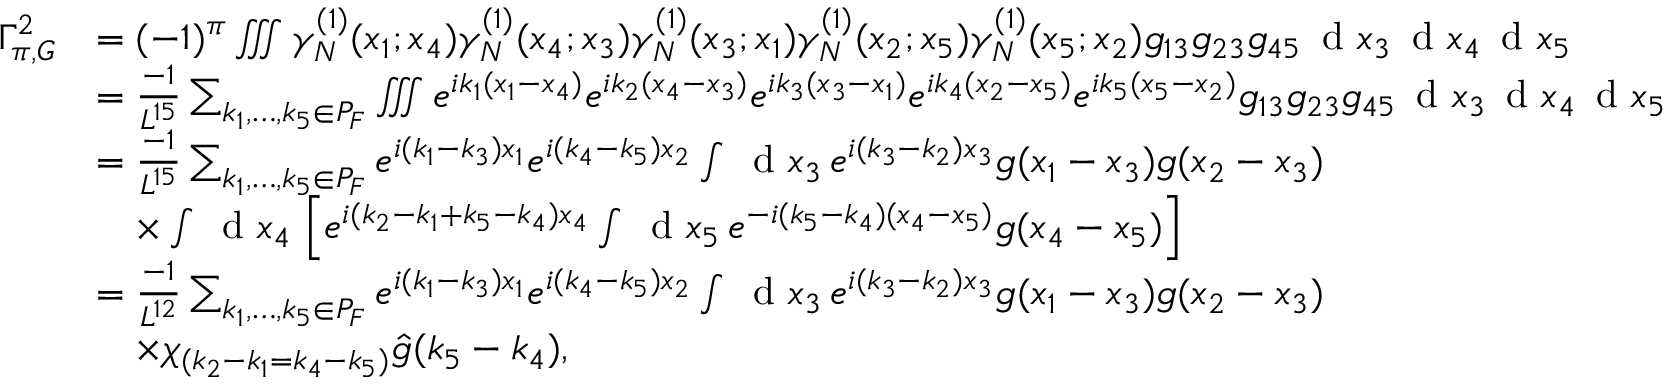
\begin{array} { r l } { \Gamma _ { \pi , G } ^ { 2 } } & { = ( - 1 ) ^ { \pi } \iiint \gamma _ { N } ^ { ( 1 ) } ( x _ { 1 } ; x _ { 4 } ) \gamma _ { N } ^ { ( 1 ) } ( x _ { 4 } ; x _ { 3 } ) \gamma _ { N } ^ { ( 1 ) } ( x _ { 3 } ; x _ { 1 } ) \gamma _ { N } ^ { ( 1 ) } ( x _ { 2 } ; x _ { 5 } ) \gamma _ { N } ^ { ( 1 ) } ( x _ { 5 } ; x _ { 2 } ) g _ { 1 3 } g _ { 2 3 } g _ { 4 5 } \, \textnormal { d } x _ { 3 } \, \textnormal { d } x _ { 4 } \, \textnormal { d } x _ { 5 } } \\ & { = \frac { - 1 } { L ^ { 1 5 } } \sum _ { k _ { 1 } , \ldots , k _ { 5 } \in P _ { F } } \iiint e ^ { i k _ { 1 } ( x _ { 1 } - x _ { 4 } ) } e ^ { i k _ { 2 } ( x _ { 4 } - x _ { 3 } ) } e ^ { i k _ { 3 } ( x _ { 3 } - x _ { 1 } ) } e ^ { i k _ { 4 } ( x _ { 2 } - x _ { 5 } ) } e ^ { i k _ { 5 } ( x _ { 5 } - x _ { 2 } ) } g _ { 1 3 } g _ { 2 3 } g _ { 4 5 } \, \textnormal { d } x _ { 3 } \, \textnormal { d } x _ { 4 } \, \textnormal { d } x _ { 5 } } \\ & { = \frac { - 1 } { L ^ { 1 5 } } \sum _ { k _ { 1 } , \ldots , k _ { 5 } \in P _ { F } } e ^ { i ( k _ { 1 } - k _ { 3 } ) x _ { 1 } } e ^ { i ( k _ { 4 } - k _ { 5 } ) x _ { 2 } } \int \, \textnormal { d } x _ { 3 } \, e ^ { i ( k _ { 3 } - k _ { 2 } ) x _ { 3 } } g ( x _ { 1 } - x _ { 3 } ) g ( x _ { 2 } - x _ { 3 } ) } \\ & { \quad \times \int \, \textnormal { d } x _ { 4 } \, \left[ e ^ { i ( k _ { 2 } - k _ { 1 } + k _ { 5 } - k _ { 4 } ) x _ { 4 } } \int \, \textnormal { d } x _ { 5 } \, e ^ { - i ( k _ { 5 } - k _ { 4 } ) ( x _ { 4 } - x _ { 5 } ) } g ( x _ { 4 } - x _ { 5 } ) \right] } \\ & { = \frac { - 1 } { L ^ { 1 2 } } \sum _ { k _ { 1 } , \ldots , k _ { 5 } \in P _ { F } } e ^ { i ( k _ { 1 } - k _ { 3 } ) x _ { 1 } } e ^ { i ( k _ { 4 } - k _ { 5 } ) x _ { 2 } } \int \, \textnormal { d } x _ { 3 } \, e ^ { i ( k _ { 3 } - k _ { 2 } ) x _ { 3 } } g ( x _ { 1 } - x _ { 3 } ) g ( x _ { 2 } - x _ { 3 } ) } \\ & { \quad \times \chi _ { ( k _ { 2 } - k _ { 1 } = k _ { 4 } - k _ { 5 } ) } \hat { g } ( k _ { 5 } - k _ { 4 } ) , } \end{array}